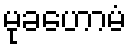
မုခဟောမံ